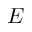
E